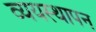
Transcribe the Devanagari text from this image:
व्ययस्थापन